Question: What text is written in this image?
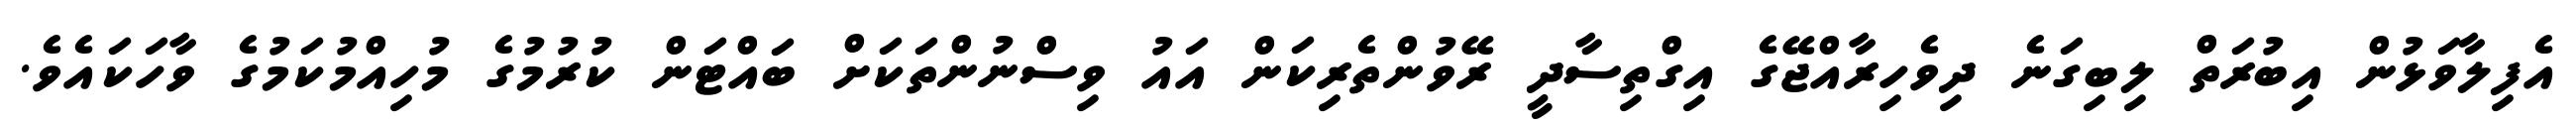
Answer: އެފިލާވަޅުން އިބުރަތް ލިބިގަނެ ދިވެހިރާއްޖޭގެ އިގްތިސާދީ ރޭވުންތެރިކަން އައު ވިސްނުންތަކަށް ބައްޓަން ކުރުމުގެ މުހިއްމުކަމުގެ ވާހަކައެވެ.